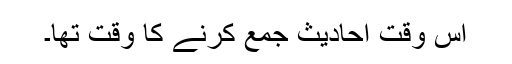
اس وقت احادیث جمع کرنے کا وقت تھا۔